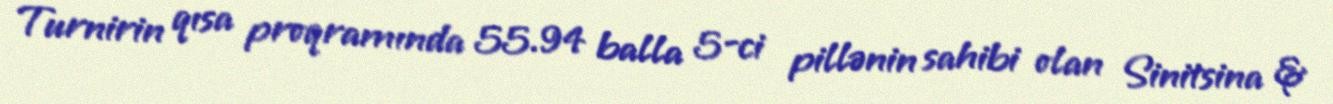
Turnirin qısa proqramında 55.94 balla 5-ci pillənin sahibi olan Sinitsina &